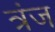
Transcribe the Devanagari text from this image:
त्रंज